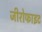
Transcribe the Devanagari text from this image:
जीरोफाइट